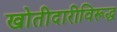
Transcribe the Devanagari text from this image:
खोतीदारीविरूद्ध